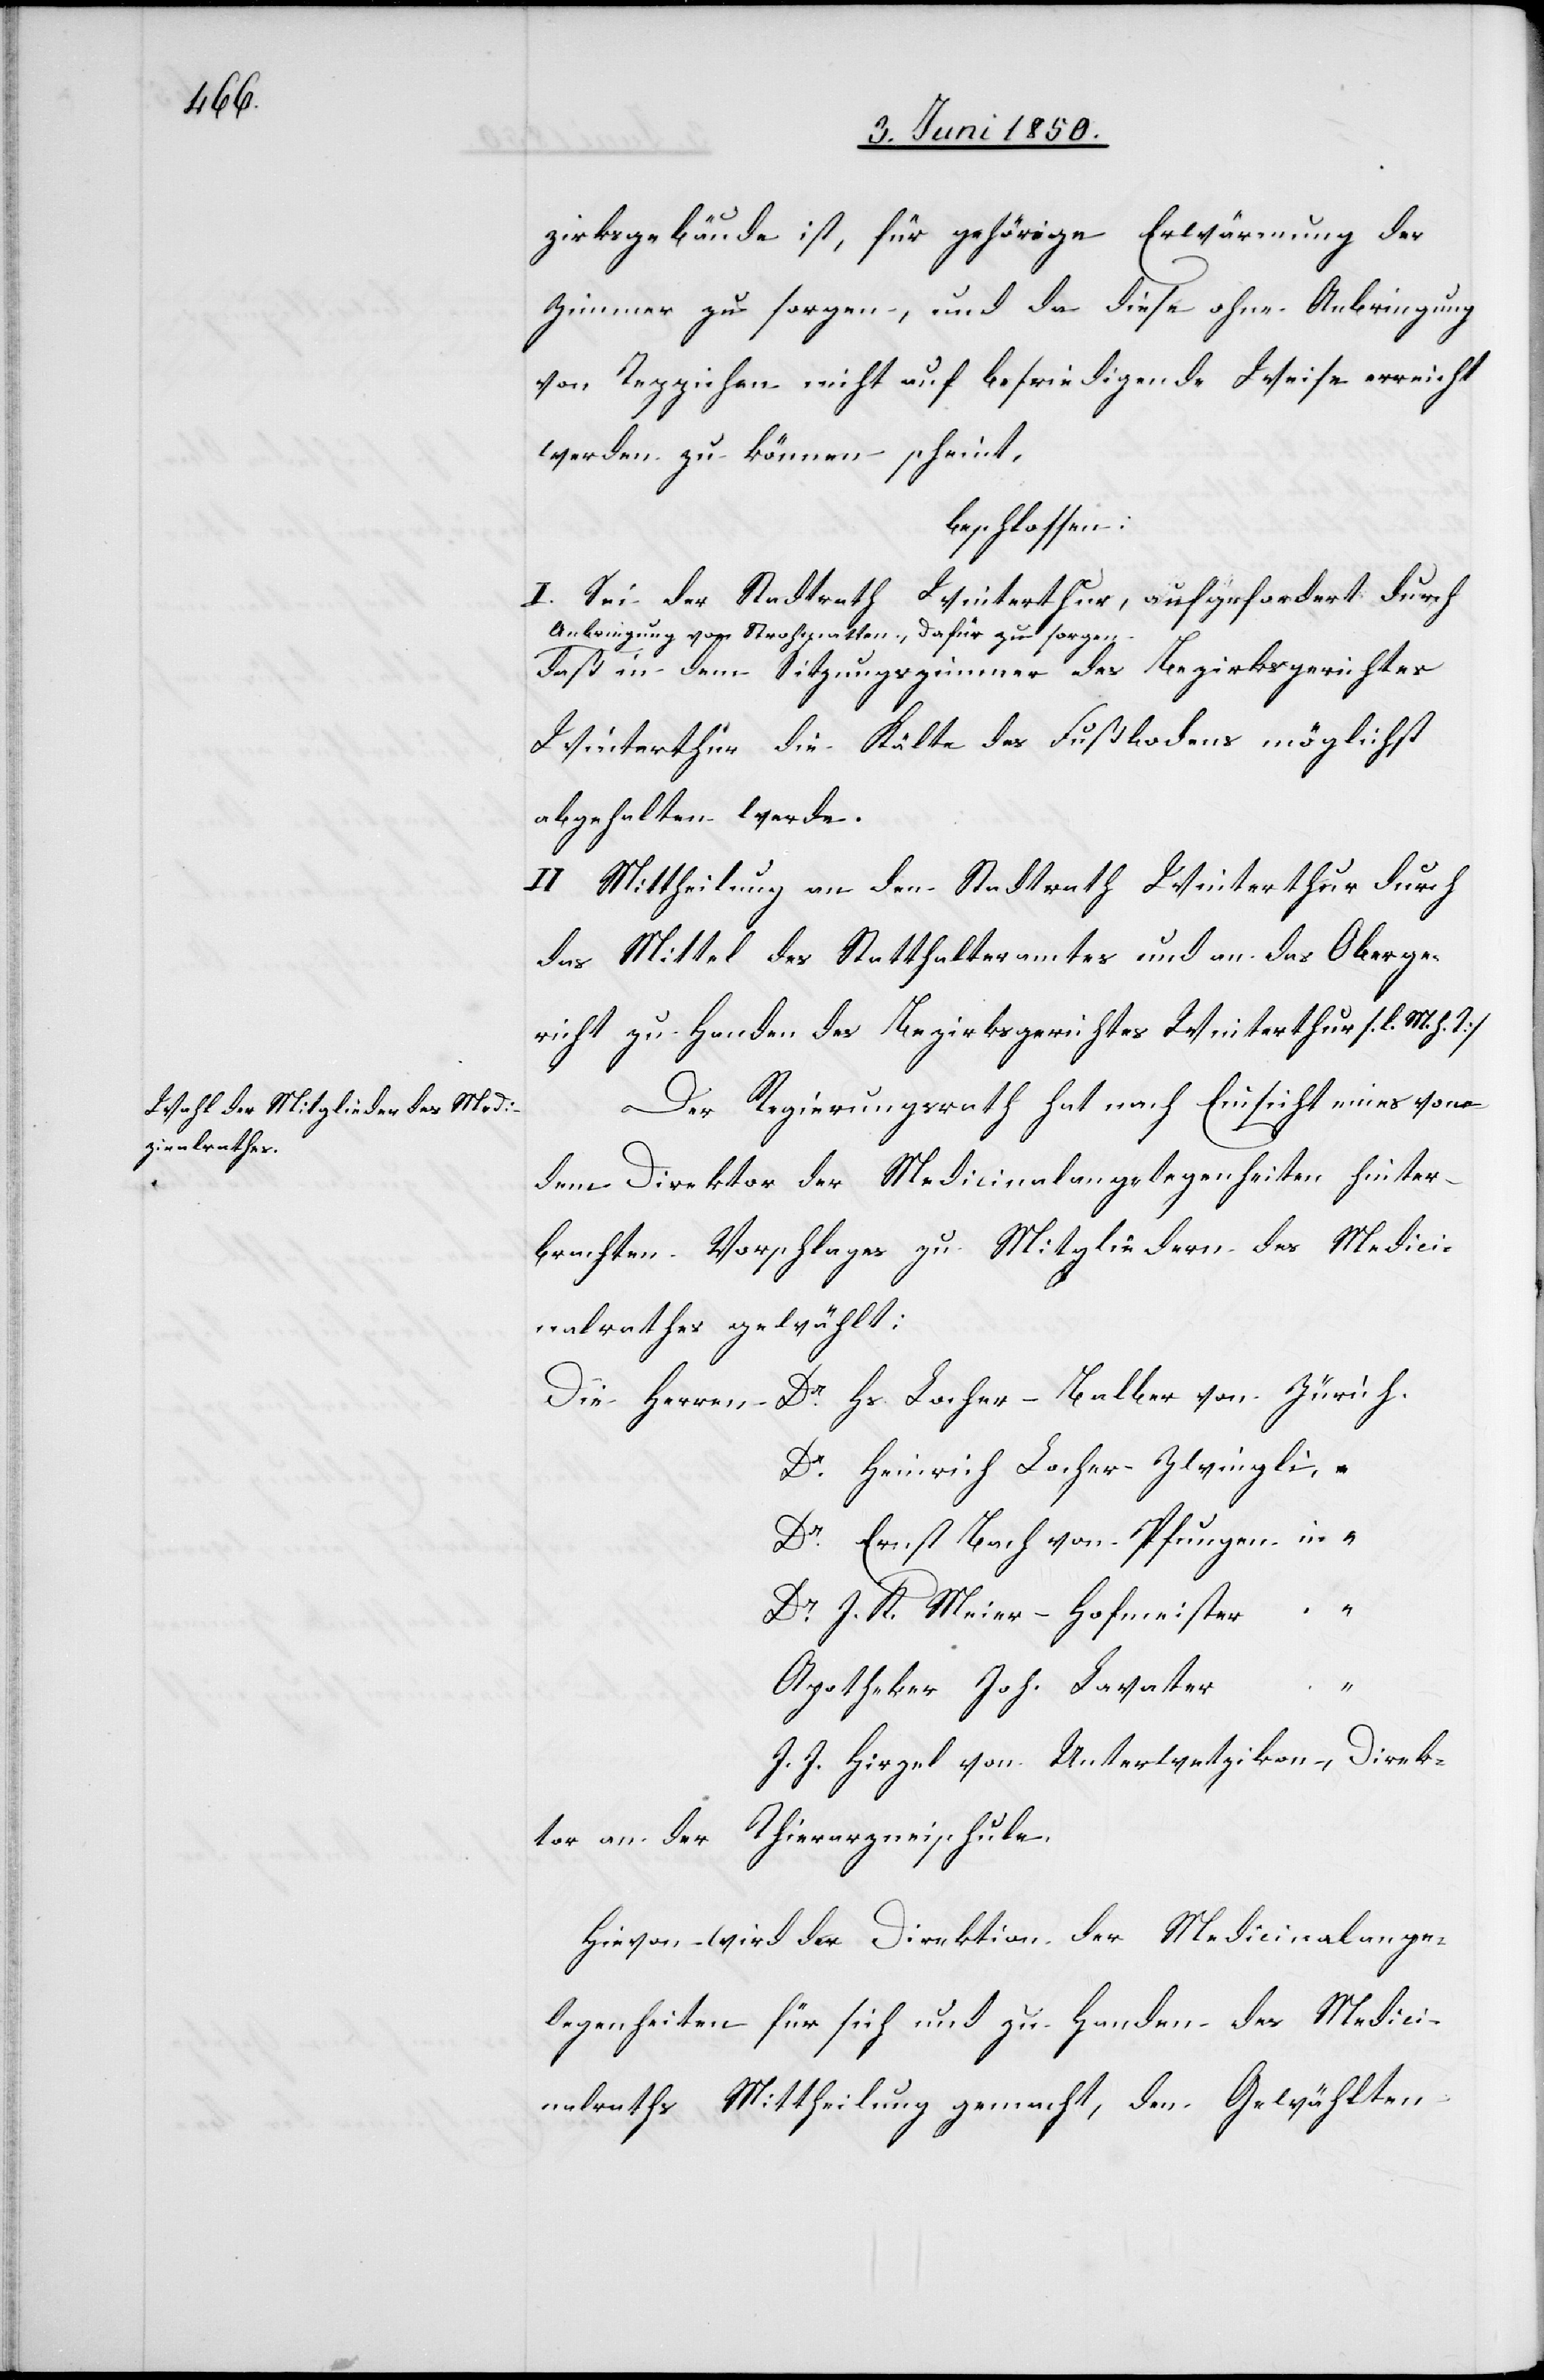
zirksgebäude ist, für gehörige Erwärmung der
Zimmer zu sorgen, und da diese ohne Anbringung
von Teppichen nicht auf befriedigende Weise erreicht
werden zu können scheint,
beschlossen:
I. Sei der Stadtrath Winterthur, aufgefordert durch
Anbringung von Strohmatten, dafür zu sorgen
daß in dem Sitzungszimmer des Bezirksgerichtes
Winterthur die Kälte des Fußbodens möglichst
abgehalten werde.
II. Mittheilung an den Stadtrath Winterthur durch
das Mittel des Statthalteramtes und an das Oberge¬
richt zu Handen des Bezirksgerichtes Winterthur [l. M. h.
Der Regierungsrath hat nach Einsicht eines von
dem Direktor der Medicinalangelegenheiten hinter¬
brachten Vorschlages zu Mitgliedern des Medici¬
nalrathes gewählt:
Die Herren	Dr Hs. Locher-Balber von Zürich.
Dr Heinrich Locher-Zwingli, “
Dr Ernst Bach von Pfungen in
“
Dr J. K. Meier-Hofmeister
Apotheker Joh. Lavater
J. J. Hirzel von Unterwetzikon, Direk¬
tor an der Thierarzneischule.
Hievon wird der Direktion der Medicinalange¬
legenheiten für sich und zu Handen des Medic¬
inalraths Mittheilung gemacht, den Gewählten